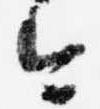
今